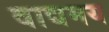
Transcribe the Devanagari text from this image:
वाद्यमय